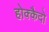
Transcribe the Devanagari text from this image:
होक्कैदो